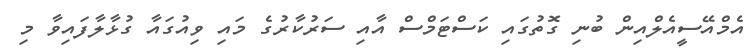
އެމްއޭސީއެލްއިން ބުނި ގޮތުގައި ކަސްޓަމްސް އާއި ސަރުކާރުގެ މައި ވިއުގައާ ގުޅާލާފައިވާ މި